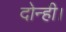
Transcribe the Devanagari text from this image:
दोन्ही।